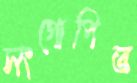
সংগোপিত